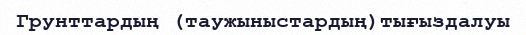
Грунттардың (таужыныстардың)тығыздалуы